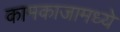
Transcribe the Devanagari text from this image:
कामकाजामध्ये